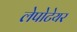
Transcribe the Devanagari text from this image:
लेपोटेयर